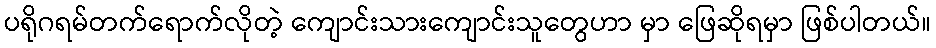
ပရိုဂရမ်တက်ရောက်လိုတဲ့ ကျောင်းသားကျောင်းသူတွေဟာ မှာ ဖြေဆိုရမှာ ဖြစ်ပါတယ်။